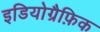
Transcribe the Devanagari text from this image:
इडियोग्रैफ़िक